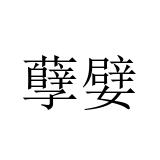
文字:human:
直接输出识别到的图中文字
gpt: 孽嬖